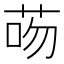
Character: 𦮶